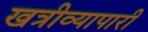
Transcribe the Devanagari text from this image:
खत्रीव्यापारी